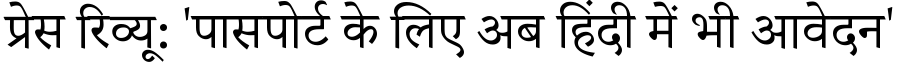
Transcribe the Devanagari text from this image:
प्रेस रिव्यू: 'पासपोर्ट के लिए अब हिंदी में भी आवेदन'